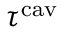
\tau ^ { \mathrm { c a v } }